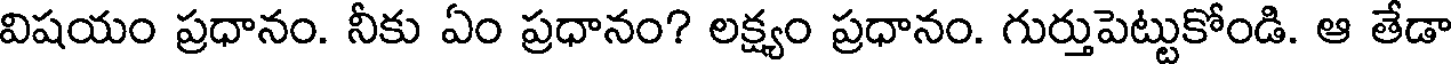
విషయం ప్రధానం. నీకు ఏం ప్రధానం? లక్ష్యం ప్రధానం. గుర్తుపెట్టుకోండి. ఆ తేడా